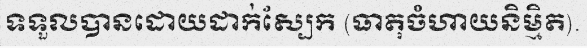
ទទួលបានដោយដាក់ស្បែក (ធាតុចំហាយនិម្មិត).